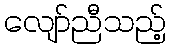
လျော်ညီသည့်